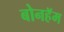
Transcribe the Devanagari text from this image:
बोनहॅम